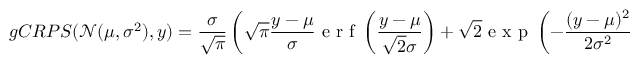
g C R P S ( \mathcal { N } ( \mu , \sigma ^ { 2 } ) , y ) = \frac { \sigma } { \sqrt { \pi } } \left( \sqrt { \pi } \frac { y - \mu } { \sigma } \mathrm { ~ e ~ r ~ f ~ } \left( \frac { y - \mu } { \sqrt { 2 } \sigma } \right) + \sqrt { 2 } \mathrm { ~ e ~ x ~ p ~ } \left( - \frac { ( y - \mu ) ^ { 2 } } { 2 \sigma ^ { 2 } } \right) - 1 \right)